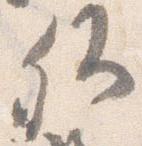
卿